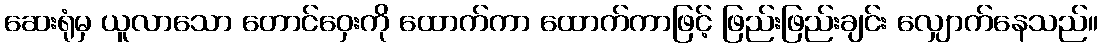
ဆေးရုံမှ ယူလာသော တောင်ဝှေးကို ထောက်ကာ ထောက်ကာဖြင့် ဖြည်းဖြည်းချင်း လျှောက်နေသည်။